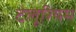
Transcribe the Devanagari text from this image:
टेलूरियम